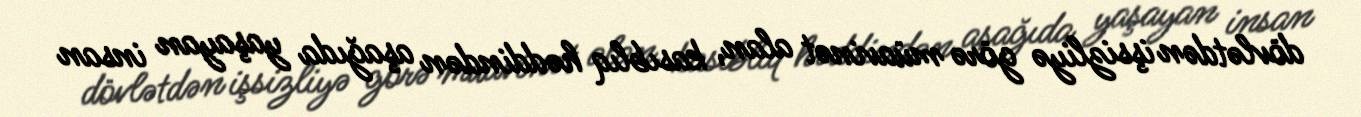
dövlətdən işsizliyə görə müavinət alan, kasıblıq həddindən aşağıda yaşayan insan